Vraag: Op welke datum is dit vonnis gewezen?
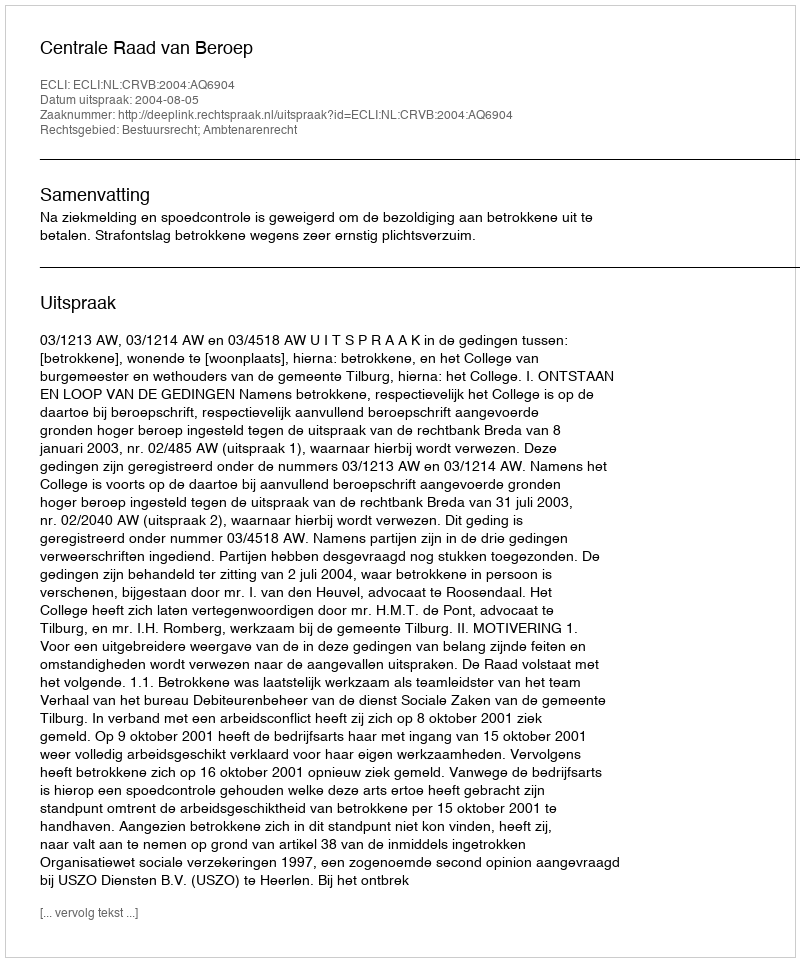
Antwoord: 2004-08-05